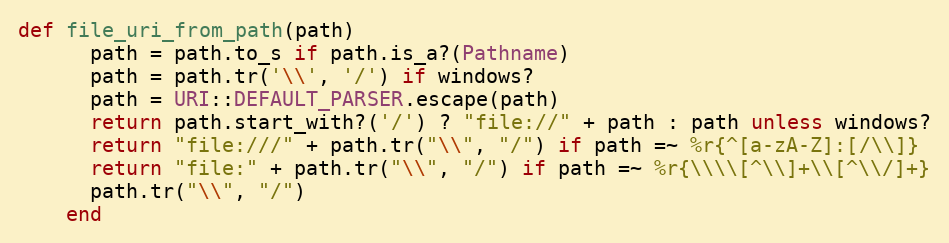
Language: Ruby
def file_uri_from_path(path)
      path = path.to_s if path.is_a?(Pathname)
      path = path.tr('\\', '/') if windows?
      path = URI::DEFAULT_PARSER.escape(path)
      return path.start_with?('/') ? "file://" + path : path unless windows?
      return "file:///" + path.tr("\\", "/") if path =~ %r{^[a-zA-Z]:[/\\]}
      return "file:" + path.tr("\\", "/") if path =~ %r{\\\\[^\\]+\\[^\\/]+}
      path.tr("\\", "/")
    end